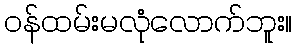
ဝန်ထမ်းမလုံလောက်ဘူး။